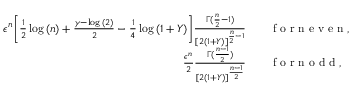
\begin{array} { r l } { \epsilon ^ { n } \bigg [ \frac { 1 } { 2 } \log { ( n ) } + \frac { \gamma - \log { ( 2 ) } } { 2 } - \frac { 1 } { 4 } \log { ( 1 + Y ) } \bigg ] \frac { \Gamma ( \frac { n } { 2 } - 1 ) } { [ 2 ( 1 + Y ) ] ^ { \frac { n } { 2 } - 1 } } } & { { } \quad \mathrm { ~ f ~ o ~ r ~ n ~ e ~ v ~ e ~ n ~ } , } \\ { \frac { \epsilon ^ { n } } { 2 } \frac { \Gamma ( \frac { n - 1 } { 2 } ) } { [ 2 ( 1 + Y ) ] ^ { \frac { n - 1 } { 2 } } } } & { { } \quad \mathrm { ~ f ~ o ~ r ~ n ~ o ~ d ~ d ~ } , } \end{array}